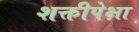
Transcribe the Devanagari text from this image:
शक्तीपेक्षा